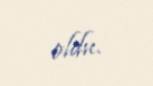
oldu.